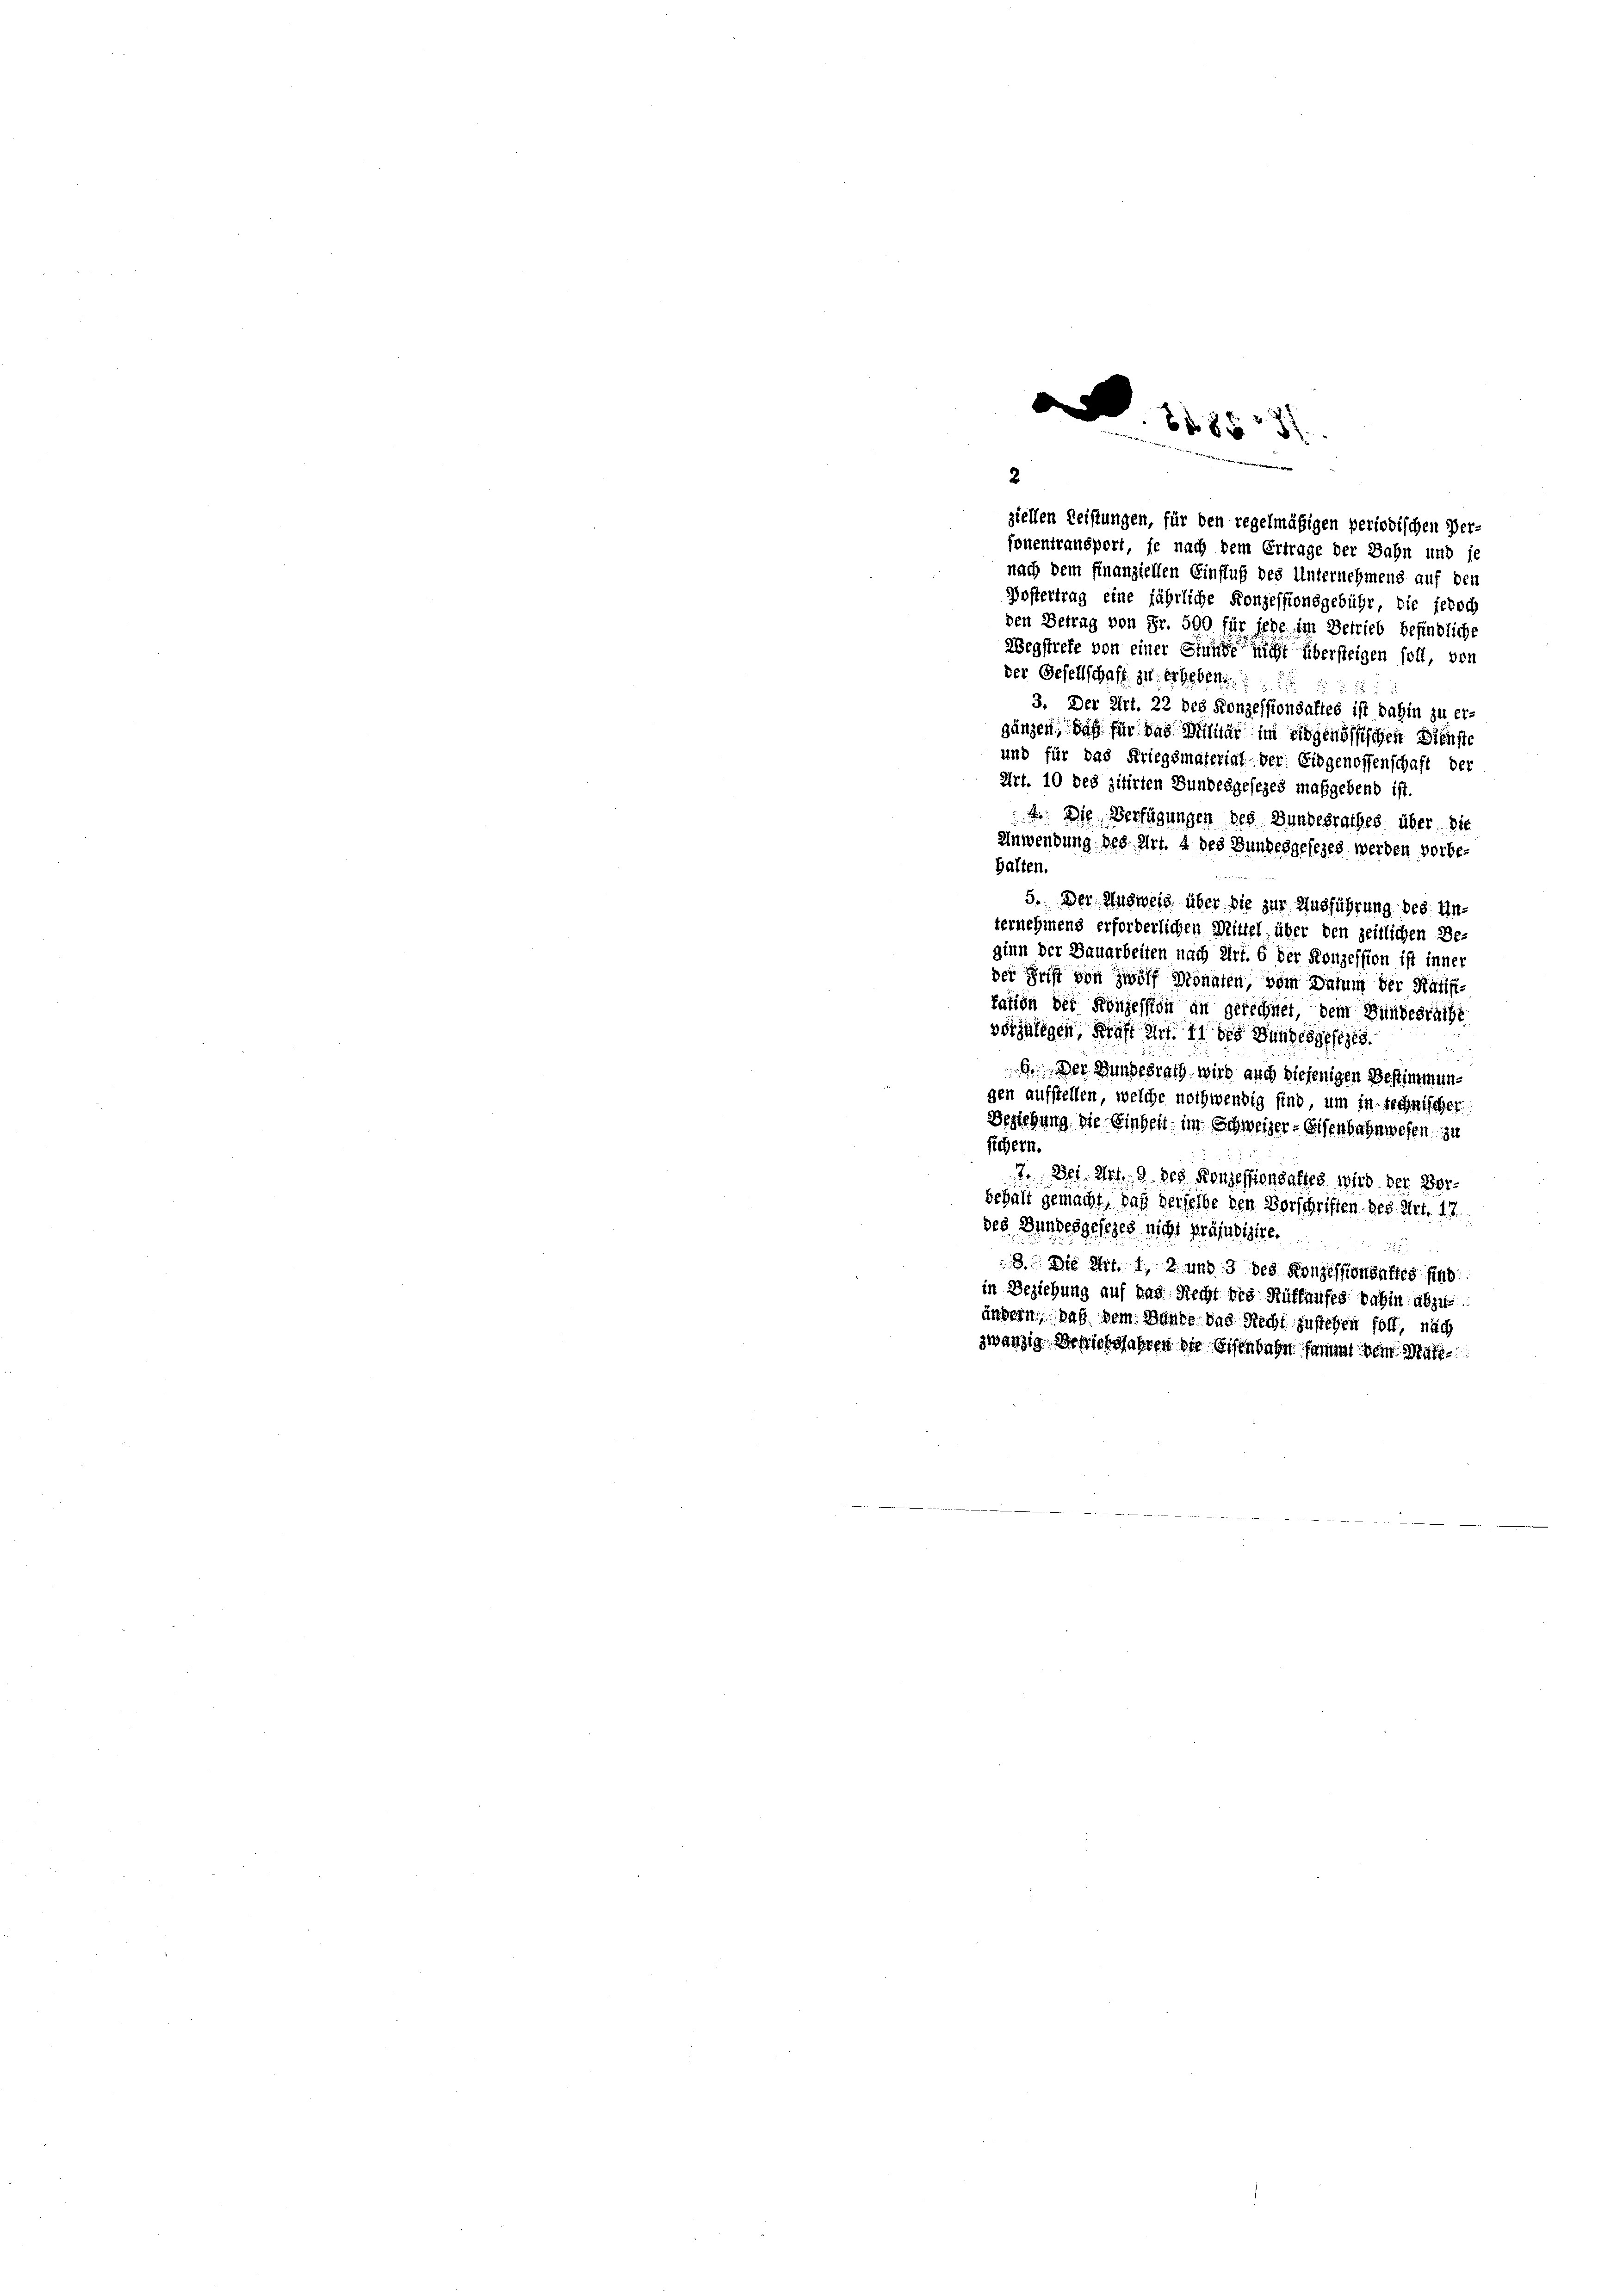
1185
w
e
2

ziellen Leistungen, für den regelmäßigen periodischen Ver-
fonentransport, je nach dem Ertrage der Bahn und is

nach dem finanziellen Einfluß des Unternehmens auf den
Postertrag eine jährliche Konzessionsgebühr, die jedoch
den Betrag von Fr. 500 für jede im Betrieb befindliche
Wegstrete von einer Stunde nicht übersteigen soll, von
der Gesellschaft zu erheben.
 518
3. Der Art. 22 des Konzessionsaftes ist dahin zu er-
gänzen, daß für das Militar im eidgenössischen Dienste
und für das Kriegsmaterial der Eidgenossenschaft der
Art. 10 des zitirten Bundesgesezes maßgebend ist.
4: Die Verfügungen des Bundesrathes über: die
Anwendung des Art. 4 des Bundesgesezes werden vorbe-
halten.
5. Der Ausweis über die zur Ausführung bes. Un-
ternehmens erforderlichen Mittel, über den zeitlichen Be-
ginn der Bauarbeiten nach Zirt. 6 der Konzession ist inner
der Frist von zwölf Monaten, vom Datum der Ratifi-
fation der Konzession an gerechnet, dem Bundesrathe
vorzulegen, Kraft eint 11 des Bundesgesezes.
6. Der Bundesrath wird auch diejenigen Bestimmungen aufstellen, welche nothwendig sind, um in technischer
Beziehung die Einheit im Schweizer- Eisenbahnwesen, zu
sichern.
7. Der Art. 9. des Konzessionsatzes wird. Der Borbehalt gemacht, daß derselbe den Vorschriften bes. Art. 17.
des Bundesgesezes nicht präjusisite.
8. Die Art. 1, 2 und 3 des Konzessionsaftes sind
in Beziehung auf das Recht des Rüffaufes dahin abzu
ängern, daß dem Wunde das Recht zustehen soll, nach
zwanzig Berichsfahren die Eisenbahn sammt dein Matt¬